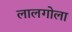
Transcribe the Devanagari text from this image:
लालगोला